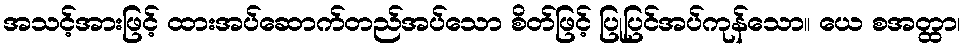
အသင့်အားဖြင့် ထားအပ်ဆောက်တည်အပ်သော စိတ်ဖြင့် ပြုပြင်အပ်ကုန်သော။ ယေ စအတ္ထာ၊